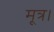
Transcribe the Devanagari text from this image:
मूत्र।